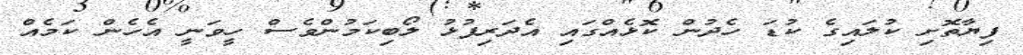
ފިޔާތޮށި ކުލައިގެ ކުޑަ ހެދުން ކޮޅެއްގައި އެދަރިފުޅު ލޯބިކަމުންވެސް ހީވަނީ އެހެން ކަމެއް